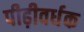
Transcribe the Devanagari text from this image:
पीढ़ीवर्धक